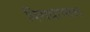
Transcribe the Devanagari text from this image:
विराधाभास